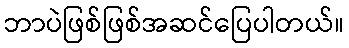
ဘာပဲဖြစ်ဖြစ်အဆင်ပြေပါတယ်။